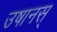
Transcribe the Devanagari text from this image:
उषानस्‌